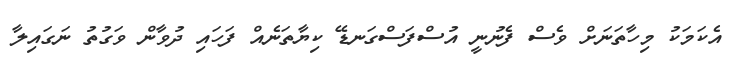
އެކަމަކު މިހާތަނަށް ވެސް ފެނުނީ އުސްފަސްގަނޑޭ ކިޔާތަނެއް ފަހައި ދުވާން ވަގުތު ނަގައިލާ